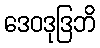
ဒေဝဒုဒြဘိ